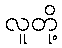
လူတို့